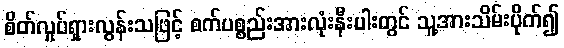
စိတ်လှုပ်ရှားလွန်းသဖြင့် စက်ပစ္စည်းအားလုံးနီးပါးတွင် သူ့အားသိမ်းပိုက်၍